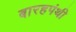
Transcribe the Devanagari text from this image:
बारहपंथी